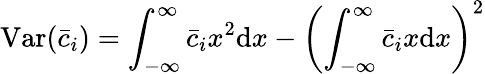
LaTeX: \mathrm{Var}(\bar{c}_{i})=\int_{-\infty}^{\infty}\bar{c}_{i}x^{2}\mathrm{d}x-\left(\int_{-\infty}^{\infty}\bar{c}_{i}x\mathrm{d}x\right)^{2}